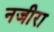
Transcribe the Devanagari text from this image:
नजीरा